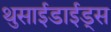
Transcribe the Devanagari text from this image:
थुसाईडाईड्स